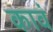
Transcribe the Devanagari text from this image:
कावं